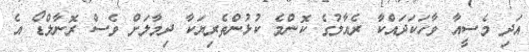
އަދި މެސީއާ ވާހަކަދައްކާ ރެއާލުގެ ކޮންމެ ކުޅުންތެރިޔަކާ ދިމާލަށް ވެސް ރޮނާލްޑޯ އެ